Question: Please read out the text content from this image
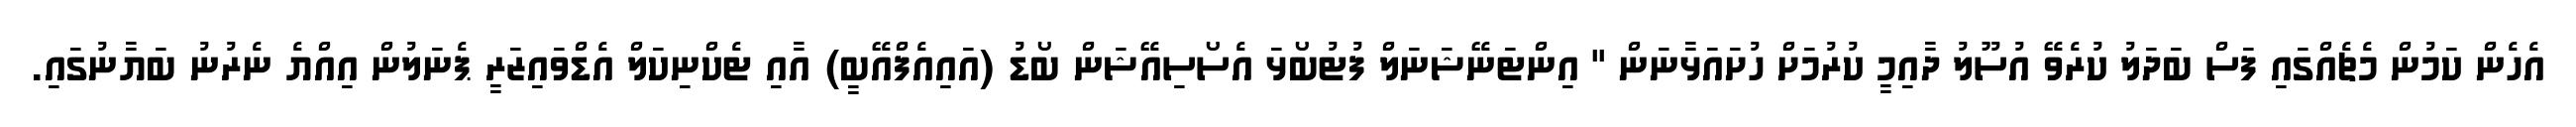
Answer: އެހެން ކަމުން މެޗެއްގައި ފަސް ބަދަލު ކުރެވޭ އުސޫލު ދާއިމީ ކުރުމަށް ހުށައަޅާނަން " އިންޓަނޭޝަނަލް ފުޓުބޯޅަ އެސޯސިއޭޝަން ބޯޑު (އައިއެފްއޭބީ) އާއި ޓެކްނިކަލް އެޑްވައިޒަރީ ޕެނަލުން އިއްޔެ ނެރުނު ބަޔާނުގައި.